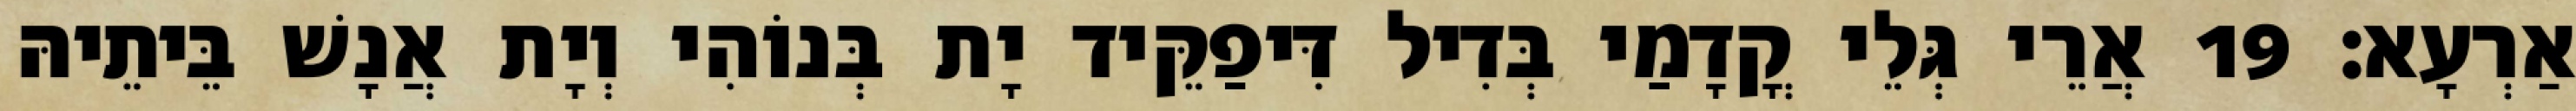
אַרְעָא׃ 19 אֲרֵי גְּלֵי קֳדָמַי בְּדִיל דִּיפַקֵּיד יָת בְּנוֹהִי וְיָת אֲנָשׁ בֵּיתֵיהּ